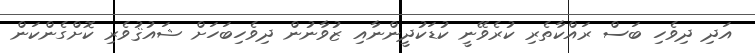
އަދި ދިވެހި ބަސް ރައްކާތެރި ކުރެވޭނީ ކުޑަކުދީންނާއި ޒުވާނުން ދިވެހިބަހަށް ޝައުޤުވެރި ކޮށްގެންކަން